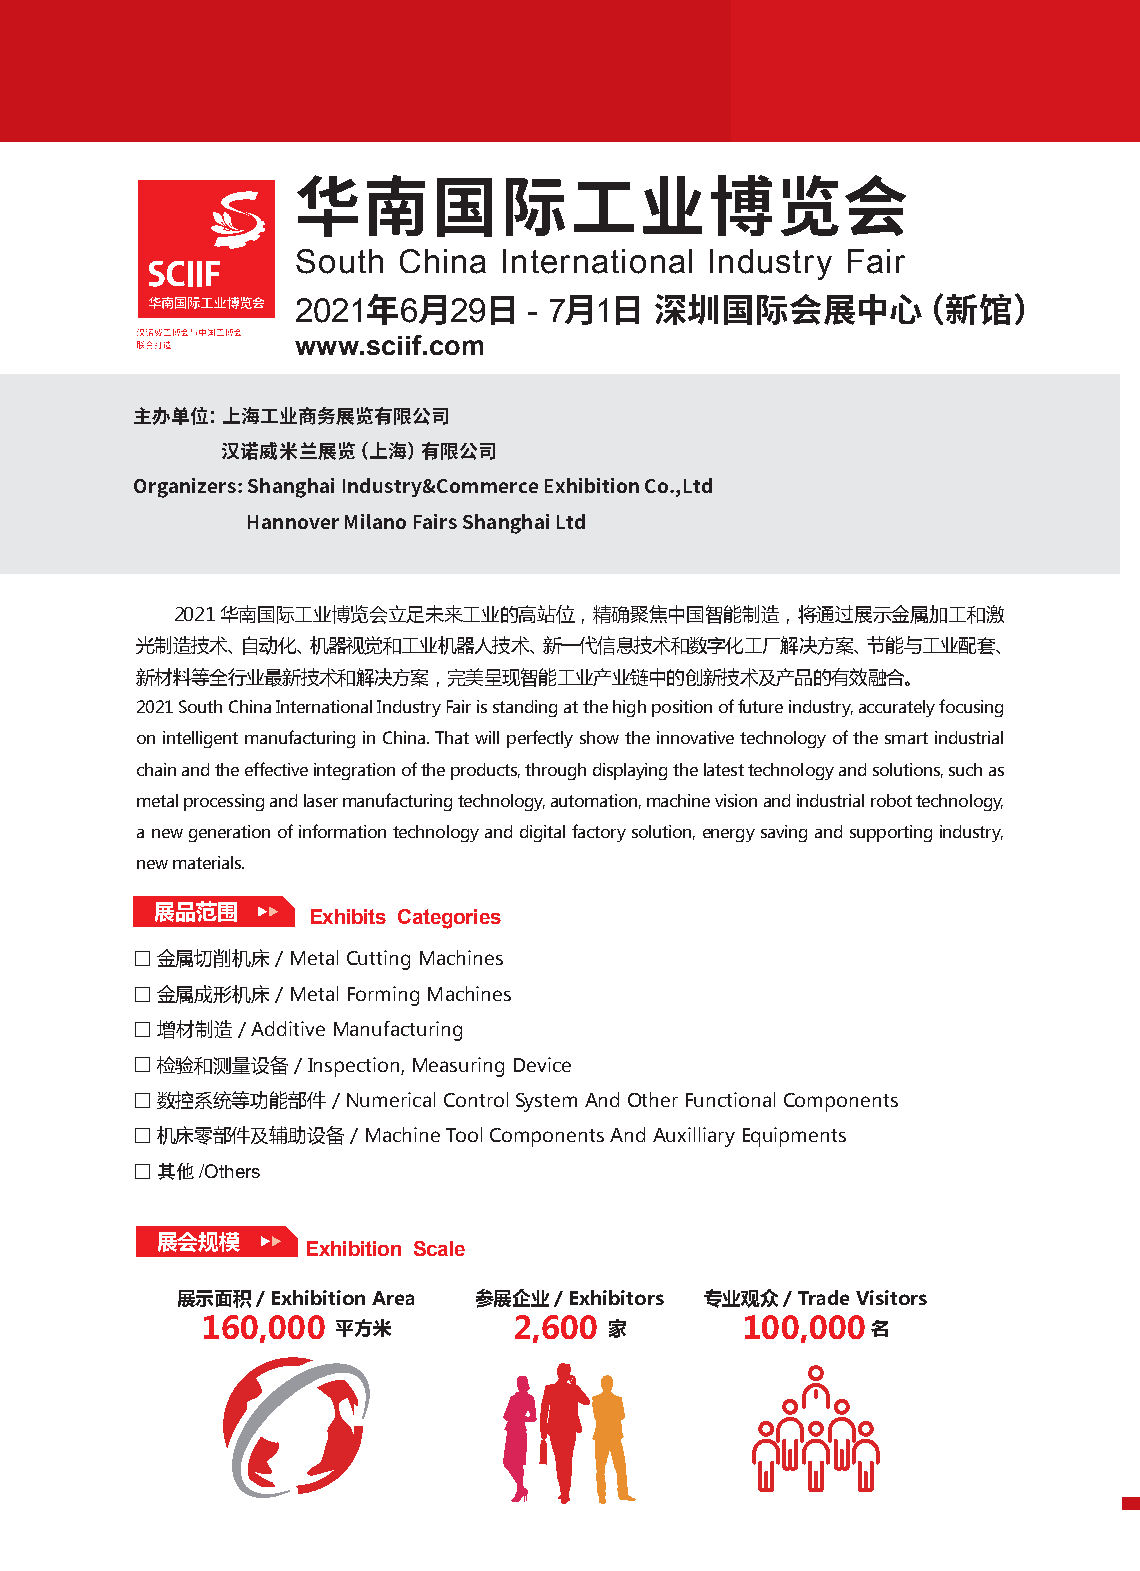
华南国际工业博览会
 South China  International Industry Fair
 2021  6   29   - 7 1
 年   月   日    月  日  深圳国际会展中心（新馆）
 www.sciif.com
 主办单位：上海工业商务展览有限公司
 汉诺威米兰展览（上海）有限公司
 Organizers: Shanghai Industry&Commerce Exhibition Co.,Ltd
 Hannover Milano Fairs Shanghai Ltd
 2021华南国际工业博览会立足未来工业的高站位，精确聚焦中国智能制造，将通过展示金属加工和激
 光制造技术、自动化、机器视觉和工业机器人技术、新一代信息技术和数字化工厂解决方案、节能与工业配套、
 新材料等全行业最新技术和解决方案，完美呈现智能工业产业链中的创新技术及产品的有效融合。
 2021 South China International Industry Fair is standing at the high position of future industry, accurately focusing
 on intelligent manufacturing in China. That will perfectly show the innovative technology of the smart industrial
 chain and the effective integration of the products, through displaying the latest technology and solutions, such as
 metal processing and laser manufacturing technology, automation, machine vision and industrial robot technology,
 a new generation of information technology and digital factory solution, energy saving and supporting industry,
 new materials.
 展品范围
 Exhibits Categories
 □ 金属切削机床 / Metal Cutting Machines
 □ 金属成形机床 / Metal Forming Machines
 □ 增材制造 / Additive Manufacturing
 □ 检验和测量设备 / Inspection, Measuring Device
 □ 数控系统等功能部件  / Numerical Control System And Other Functional Components
 □ 机床零部件及辅助设备  / Machine Tool Components And Auxilliary Equipments
 □ 其他/Others
 展会规模
 Exhibition Scale
 展示面积/ Exhibition Area 参展企业/ Exhibitors 专业观众/ Trade Visitors
 160,000  平方米         2,600 家        100,000名